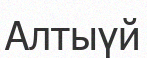
Алтыүй